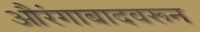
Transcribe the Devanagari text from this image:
औरंगाबादवरून